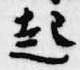
起